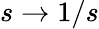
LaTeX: s\to 1/s